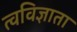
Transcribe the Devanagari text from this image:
त्वविज्ञाता